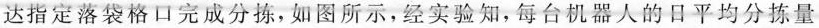
达指定落袋格口完成分拣，如图所示，经实验知，每台机器人的日平均分拣量